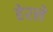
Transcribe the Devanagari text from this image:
हेरलेे